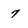
Character: 7